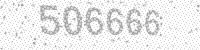
Solution: 506666